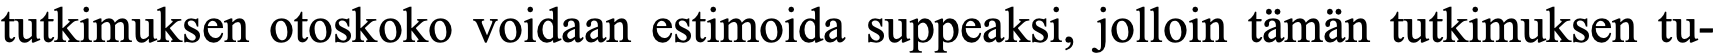
tutkimuksen otoskoko voidaan estimoida suppeaksi, jolloin tämän tutkimuksen tu-